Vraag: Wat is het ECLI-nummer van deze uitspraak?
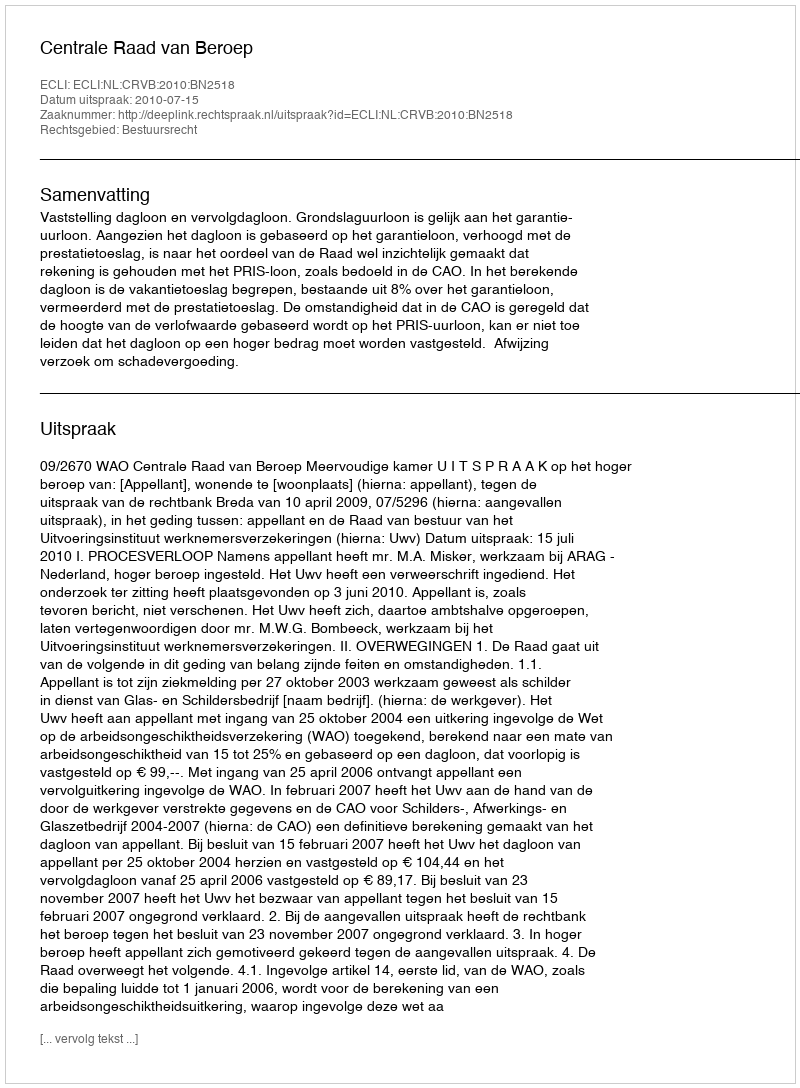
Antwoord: ECLI:NL:CRVB:2010:BN2518